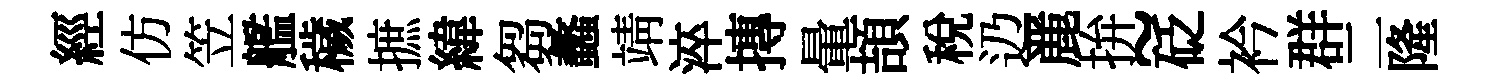
經仿笠艦穢摭緯芻蠡靖淬摶暈頡稅辸䴡拚~砭衿群二隆